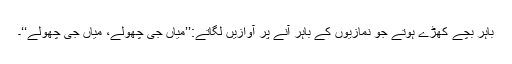
باہر بچے کھڑے ہوتے جو نمازیوں کے باہر آنے پر آوازیں لگاتے:’’میاں جی چھولے، میاں جی چھولے‘‘۔